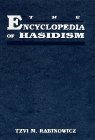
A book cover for The Encyclopedia of Hasidism; Religion & Spirituality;